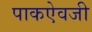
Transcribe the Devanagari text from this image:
पाकऐवजी